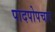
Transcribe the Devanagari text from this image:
पादपोपचार